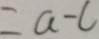
= a - c